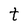
Character: t